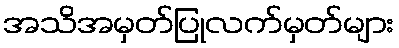
အသိအမှတ်ပြုလက်မှတ်များ